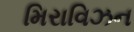
મિરાવિઝન